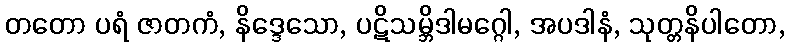
တတော ပရံ ဇာတကံ, နိဒ္ဒေသော, ပဋိသမ္ဘိဒါမဂ္ဂေါ, အပဒါနံ, သုတ္တနိပါတော,